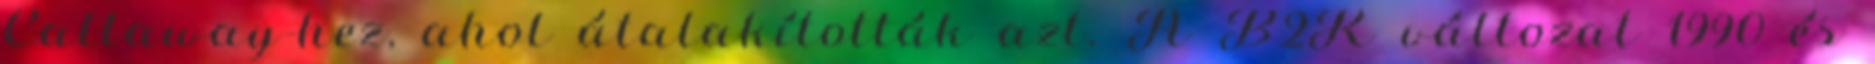
Callaway-hez, ahol átalakították azt. A B2K változat 1990 és